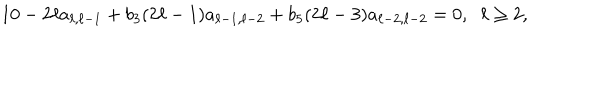
1 0 - 2 \ell a _ { \ell , \ell - 1 } + b _ { 3 } ( 2 \ell - 1 ) a _ { \ell - 1 , \ell - 2 } + b _ { 5 } ( 2 \ell - 3 ) a _ { \ell - 2 , \ell - 2 } = 0 , \; \; \ell \geq 2 ,